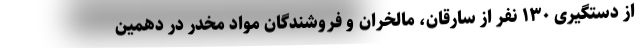
از دستگیری ۱۳۰ نفر از سارقان، مالخران و فروشندگان مواد مخدر در دهمین